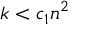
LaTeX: k < c _ { 1 } n ^ { 2 }